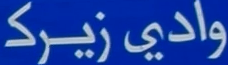
وادی زیرک